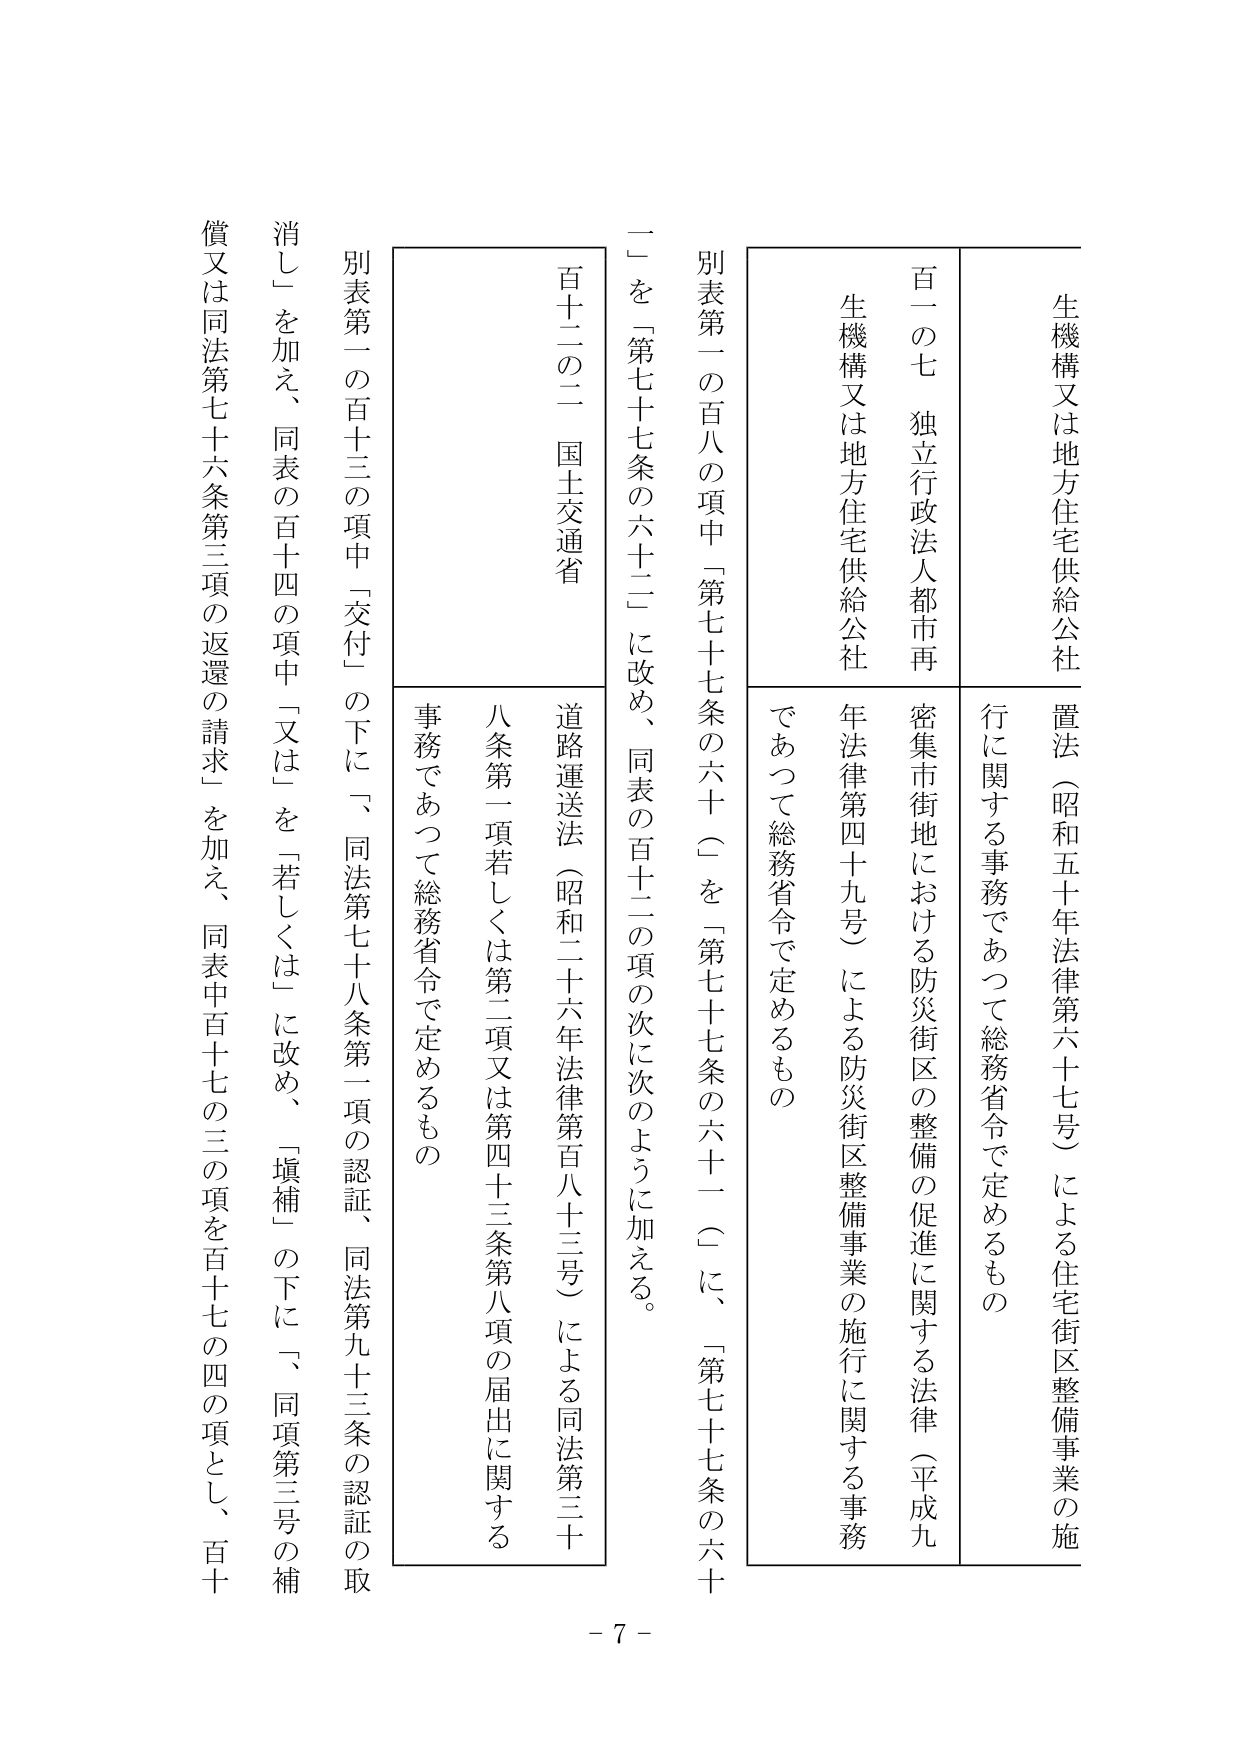
生機構又は地方住宅供給公社
置法（昭和五十年法律第六十七号）による住宅街区整備事業の施行に関する事務であって総務省令で定めるもの

百一の七 独立行政法人都市再生機構又は地方住宅供給公社
密集市街地における防災街区の整備の促進に関する法律（平成九年法律第四十九号）による防災街区整備事業の施行に関する事務であって総務省令で定めるもの

別表第一の百八の項中「第七十七条の六十（一）」を「第七十七条の六十一（一）」に、「第七十七条の六十（二）」を「第七十七条の六十二」に改め、同表の百十二の項の次に次のように加える。

百十二の二 国土交通省
道路運送法（昭和二十六年法律第百八十三号）による同法第三十八条第一項若しくは第二項又は第四十三条第八項の届出に関する事務であって総務省令で定めるもの

別表第一の百十三の項中「交付」の下に「、同法第七十八条第一項の認証、同法第九十三条の認証の取消し」を加え、同表の百十四の項中「又は」を「若しくは」に改め、「塡補」の下に「、同項第三号の補償又は同法第七十六条第三項の返還の請求」を加え、同表中百十七の三の項を百十七の四の項とし、百十

- 7 -